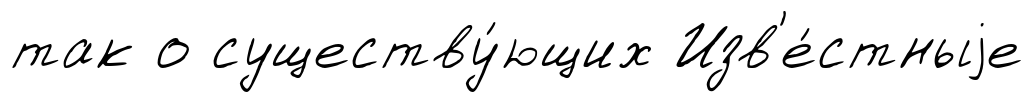
так о существу́ющих Изв'е́стныjе